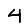
Digit: 4